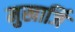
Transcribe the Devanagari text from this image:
मुखार्जि